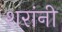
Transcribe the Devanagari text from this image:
शरांनी